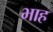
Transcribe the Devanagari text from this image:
भाह